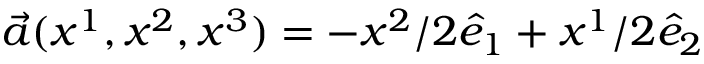
\vec { a } ( x ^ { 1 } , x ^ { 2 } , x ^ { 3 } ) = - x ^ { 2 } / 2 \hat { e } _ { 1 } + x ^ { 1 } / 2 \hat { e } _ { 2 }